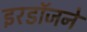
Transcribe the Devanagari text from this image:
इरडॉजने